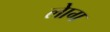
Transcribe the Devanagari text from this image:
लाेेग